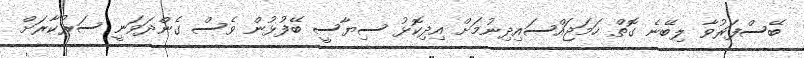
ބޭސްފަރުވާ ލިބޭނެ ގޮތް ހަމަޖައްސައިދިނުމަށް އިދިކޮޅު ސިޔާސީ ބޭފުޅުން ވެސް ގެންދަވަނީ ސަރުކާރަށް